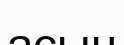
асын